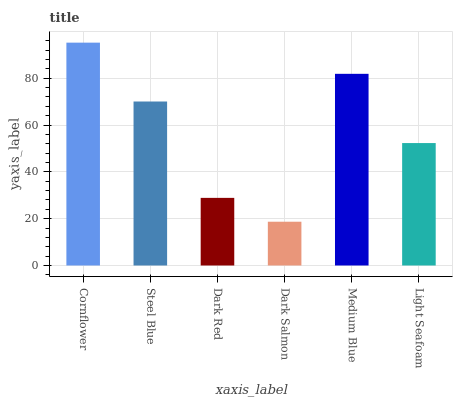
| xaxis_label | bars |
 | --- | --- |
 | Cornflower | 95.2 |
 | Steel Blue | 70 |
 | Dark Red | 28.9 |
 | Dark Salmon | 18.7 |
 | Medium Blue | 81.9 |
 | Light Seafoam | 52.3 |